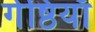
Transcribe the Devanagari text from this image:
गेष्ठियाँ